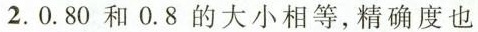
2.0.80和0.8的大小相等，精确度也